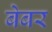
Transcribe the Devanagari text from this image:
बेबर